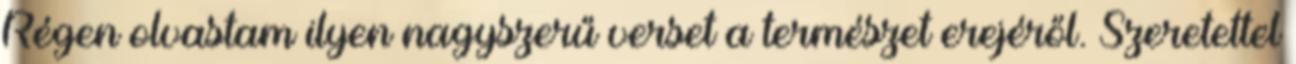
Régen olvastam ilyen nagyszerű verset a természet erejéről. Szeretettel